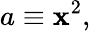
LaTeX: a\equiv\mathbf{x}^{2},